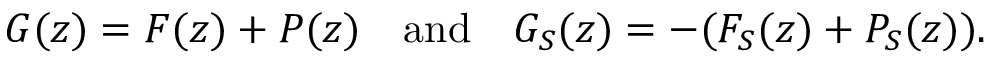
G ( z ) = F ( z ) + P ( z ) \quad \mathrm { a n d } \quad G _ { S } ( z ) = - ( F _ { S } ( z ) + P _ { S } ( z ) ) .